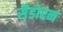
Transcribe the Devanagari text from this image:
सैडोरन